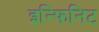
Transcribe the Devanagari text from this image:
इन्फिनिट